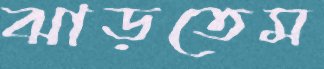
ঝাড়তেম